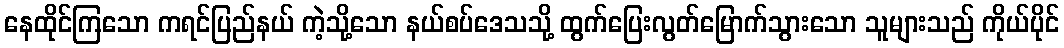
နေထိုင်ကြသော ကရင်ပြည်နယ် ကဲ့သို့သော နယ်စပ်ဒေသသို့ ထွက်ပြေးလွတ်မြောက်သွားသော သူများသည် ကိုယ်ပိုင်